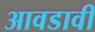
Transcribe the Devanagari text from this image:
आवडावी